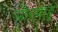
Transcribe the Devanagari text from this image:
औरयाहू